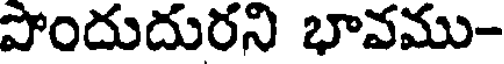
పొందుదురని భావము-